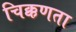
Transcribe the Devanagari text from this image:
चिक्कणता